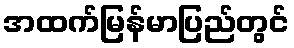
အထက်မြန်မာပြည်တွင်